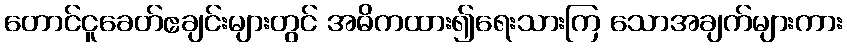
တောင်ငူခေတ်ဧချင်းများတွင် အဓိကထား၍ရေးသားကြ သောအချက်များကား